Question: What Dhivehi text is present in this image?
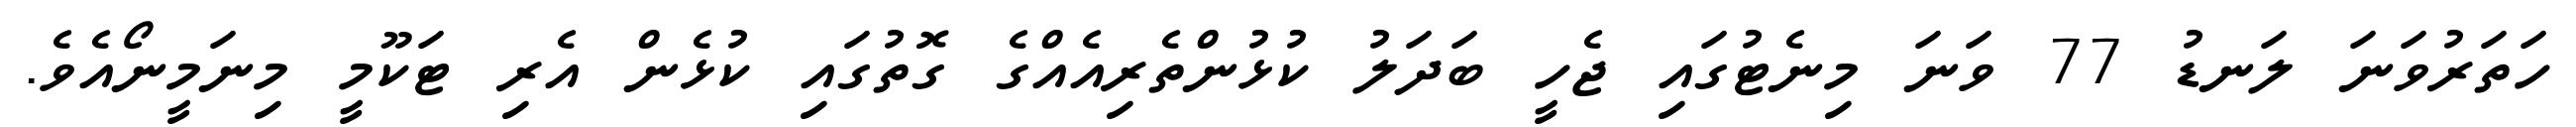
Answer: ހަތަރުވަނަ ލަނޑު 77 ވަނަ މިނެޓުގައި ޖެހީ ބަދަލު ކުޅުންތެރިއެއްގެ ގޮތުގައި ކުޅެން އެރި ޓަކޫމީ މިނަމީނޯއެވެ.